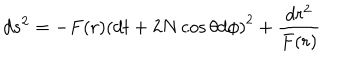
LaTeX: d s ^ { 2 } = - F ( r ) \left( d t + 2 N \cos \theta d \phi \right) ^ { 2 } + \frac { d r ^ { 2 } } { F ( r ) }